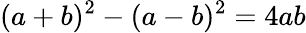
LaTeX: (a+b)^{2}-(a-b)^{2}=4ab